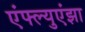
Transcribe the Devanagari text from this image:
एंफ्ल्युएंझा